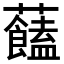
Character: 𧅔